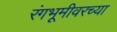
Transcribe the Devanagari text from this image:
रंगभूमीवरच्या